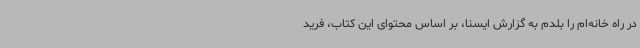
در راه خانه‌ام را بلدم به گزارش ایسنا، بر اساس محتوای این کتاب، فرید